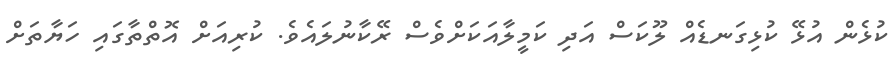
ކުޅެން އުޅޭ ކުޅިގަނޑެއް ލޫކަސް އަދި ކަމީލާއަކަށްވެސް ރޭކާނުލައެވެ. ކުރިއަށް އޮތްތާގައި ހަޔާތަށް